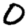
Digit: 0